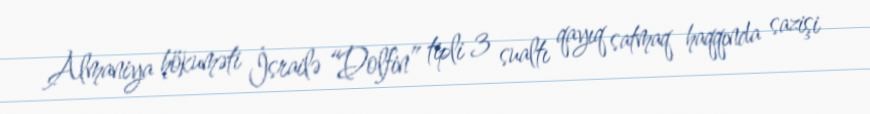
Almaniya hökuməti İsrailə “Dolfin” tipli 3 sualtı qayıq satmaq haqqında sazişi